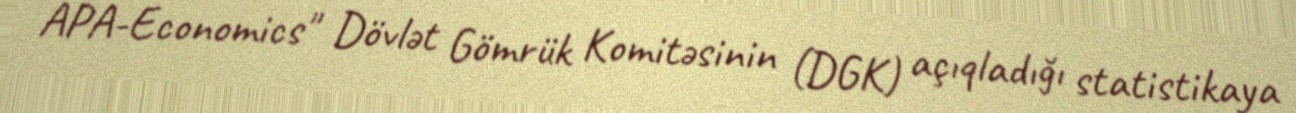
APA-Economics" Dövlət Gömrük Komitəsinin (DGK) açıqladığı statistikaya